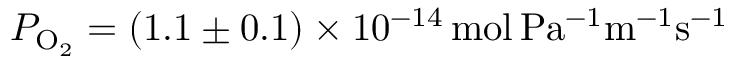
P _ { \mathrm { O _ { 2 } } } = ( 1 . 1 \pm 0 . 1 ) \times 1 0 ^ { - 1 4 } \, \mathrm { m o l \, P a ^ { - 1 } m ^ { - 1 } s ^ { - 1 } }